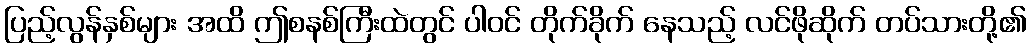
ပြည့်လွန်နှစ်များ အထိ ဤစနစ်ကြီးထဲတွင် ပါဝင် တိုက်ခိုက် နေသည့် လင်ဖိုဆိုက် တပ်သားတို့၏